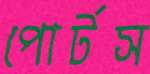
পোর্টস